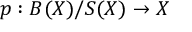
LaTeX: p : B ( X ) / S ( X ) \to X